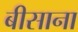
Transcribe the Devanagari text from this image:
बीसाना